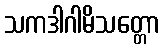
သကဒါဂါမိသတ္တော